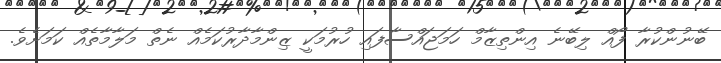
ބޭނުންކުރާ ފޯއް ލިބޭނެ އިންތިޒާމް ހަމަޖައްސާފައި ހުރުމަކީ ޒިންމާދާރުކަމެއް ނެތް މަލާމާތެއް ކަމަށެވެ.